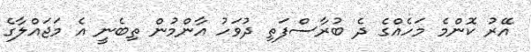
އޭރު ކޮންމެ މަހެއްގެ ދެ ބުރާސްފަތި ދުވަހު އާންމުން ތިބެނީ އެ މަޖައްލާގެ